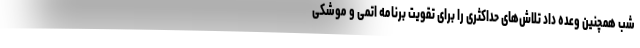
شب همچنین وعده داد تلاش‌های حداکثری را برای تقویت برنامه اتمی و موشکی